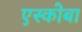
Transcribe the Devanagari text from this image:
एस्कोबा